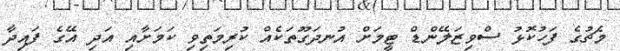
މެޗުގެ ފަހުކޮޅު ސްވިޒަލޭންޑް ޓީމަށް އުނދަގޫތަކެއް ކުރިމަތިވި ކަމަށާއި އަދި އޭގެ ފައިދާ